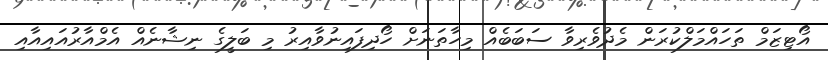
އޯޓިޒަމް ތަހައްމަލްކުރަން މެދުވެރިވާ ސަބަބެއް މިހާތަނަށް ހޯދިފައިނުވާއިރު މި ބަލީގެ ނިޝާނެއް އެމްއާރުއައިއާއި